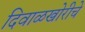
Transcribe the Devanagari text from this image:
दिवाळखोरीचे